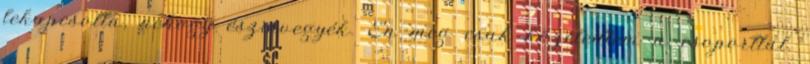
lekapcsolta, nehogy észrevegyék. Én meg csak közeledtem a csoporttal.